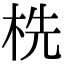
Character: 㭠